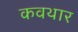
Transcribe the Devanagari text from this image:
कवथार